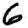
Digit: 6